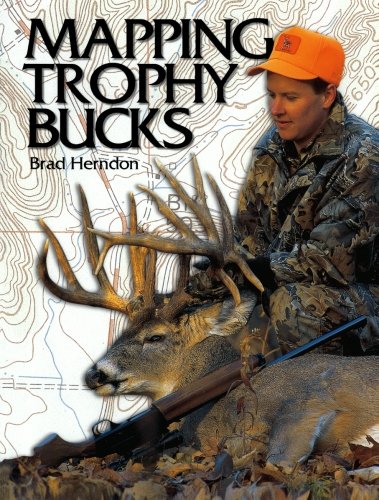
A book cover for Mapping Trophy Bucks; Brad Herndon; Sports & Outdoors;